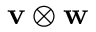
\mathbf { v } \otimes \mathbf { w }